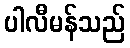
ပါလီမန်သည်